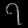
Digit: ၇